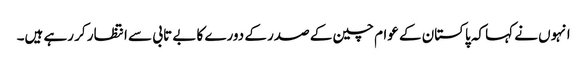
انہوں نے کہا کہ پاکستان کے عوام چین کے صدر کے دورے کا بے تابی سے انتظار کر رہے ہیں۔